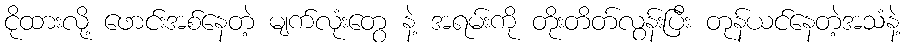
ငိုထားလို့ ဖောင်းအစ်နေတဲ့ မျက်လုံးတွေ နဲ့ အရမ်းကို တိုးတိတ်လွန်းပြီး တုန်ယင်နေတဲ့အသံနဲ့